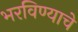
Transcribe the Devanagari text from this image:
भरविण्याचे